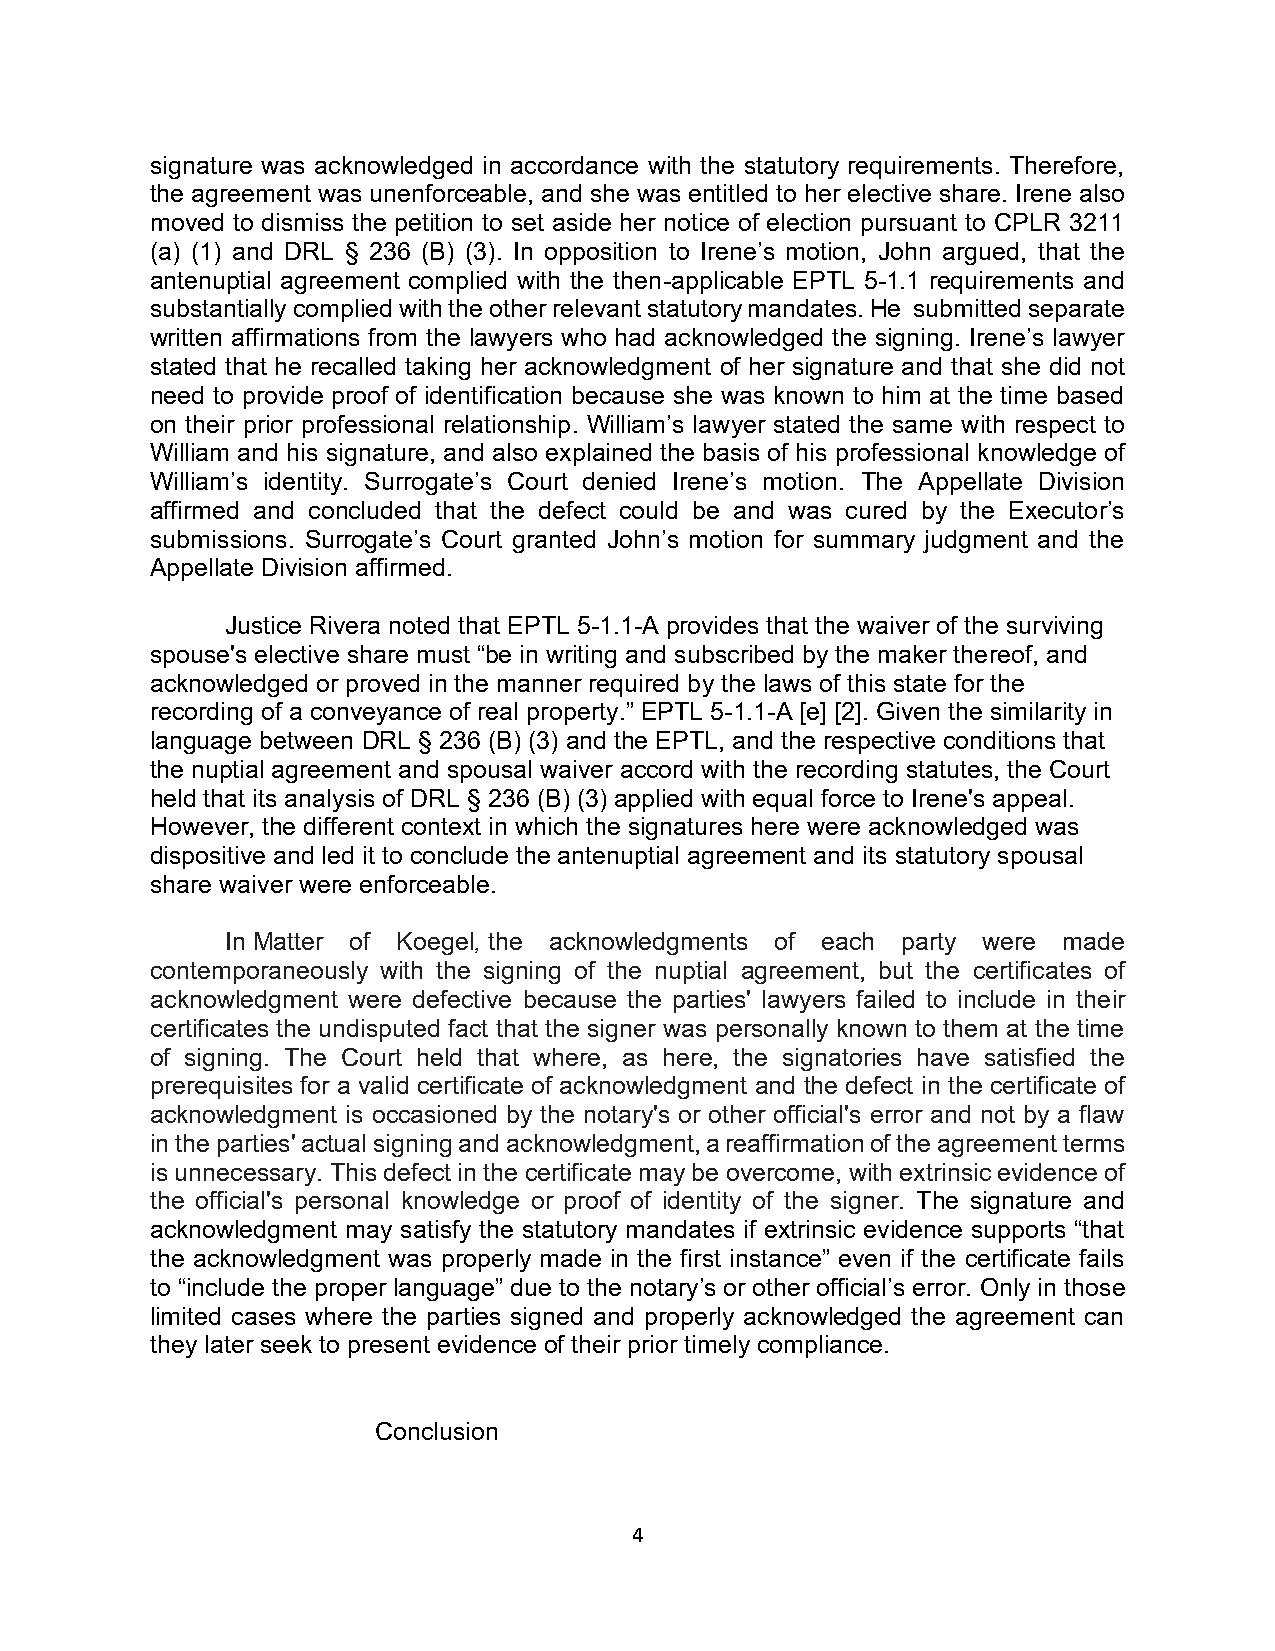
signature was acknowledged in accordance with the statutory requirements. Therefore,
 the agreement was unenforceable, and she was entitled to her elective share. Irene also
 moved to dismiss the petition to set aside her notice of election pursuant to CPLR 3211
 (a) (1) and DRL § 236 (B) (3). In opposition to Irene’s motion, John argued, that the
 antenuptial agreement complied with the then-applicable EPTL 5-1.1 requirements and
 substantially complied with the other relevant statutory mandates. He submitted separate
 written affirmations from the lawyers who had acknowledged the signing. Irene’s lawyer
 stated that he recalled taking her acknowledgment of her signature and that she did not
 need to provide proof of identification because she was known to him at the time based
 on their prior professional relationship. William’s lawyer stated the same with respect to
 William and his signature, and also explained the basis of his professional knowledge of
 William’s identity. Surrogate’s Court denied Irene’s motion. The Appellate Division
 affirmed and concluded that the defect could be and was cured by the Executor’s
 submissions. Surrogate’s Court granted John’s motion for summary judgment and the
 Appellate Division affirmed.
 Justice Rivera noted that EPTL 5-1.1-A provides that the waiver of the surviving
 spouse's elective share must “be in writing and subscribed by the maker thereof, and
 acknowledged or proved in the manner required by the laws of this state for the
 recording of a conveyance of real property.” EPTL 5-1.1-A [e] [2]. Given the similarity in
 language between DRL § 236 (B) (3) and the EPTL, and the respective conditions that
 the nuptial agreement and spousal waiver accord with the recording statutes, the Court
 held that its analysis of DRL § 236 (B) (3) applied with equal force to Irene's appeal.
 However, the different context in which the signatures here were acknowledged was
 dispositive and led it to conclude the antenuptial agreement and its statutory spousal
 share waiver were enforceable.
 In Matter of Koegel, the acknowledgments of each party were made
 contemporaneously with the signing of the nuptial agreement, but the certificates of
 acknowledgment were defective because the parties' lawyers failed to include in their
 certificates the undisputed fact that the signer was personally known to them at the time
 of signing. The Court held that where, as here, the signatories have satisfied the
 prerequisites for a valid certificate of acknowledgment and the defect in the certificate of
 acknowledgment is occasioned by the notary's or other official's error and not by a flaw
 in the parties' actual signing and acknowledgment, a reaffirmation of the agreement terms
 is unnecessary. This defect in the certificate may be overcome, with extrinsic evidence of
 the official's personal knowledge or proof of identity of the signer. The signature and
 acknowledgment may satisfy the statutory mandates if extrinsic evidence supports “that
 the acknowledgment was properly made in the first instance” even if the certificate fails
 to “include the proper language” due to the notary’s or other official’s error. Only in those
 limited cases where the parties signed and properly acknowledged the agreement can
 they later seek to present evidence of their prior timely compliance.
 Conclusion
 4